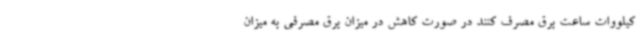
کیلووات ساعت برق مصرف کنند در صورت کاهش در میزان برق مصرفی به میزان